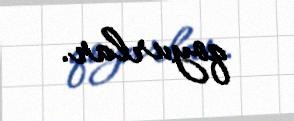
qoyurlar.